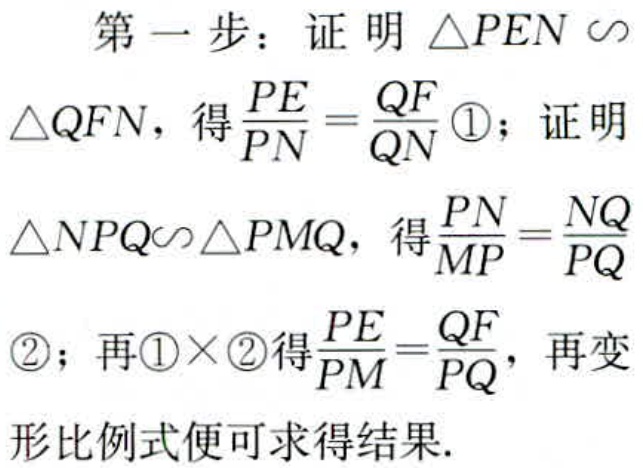
第一步：证明 \(\triangle PEN \sim\)
\(\triangle QFN\)，得\(\frac{PE}{PN}=\frac{QF}{QN}\) \textcircled{1}；证明
\(\triangle NPQ\sim \triangle PMQ\)，得\(\frac{PN}{MP}=\frac{NQ}{PQ}\)
\textcircled{2}；再\textcircled{1}\(\times\)\textcircled{2}得\(\frac{PE}{PM}=\frac{QF}{PQ}\)，再变
形比例式便可求得结果.